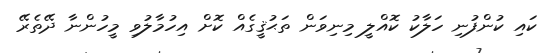
ކައި ކުންފުނި ހަލާކު ކޮއްލީ މިނިވަން ތަޙުޤީގެއް ކޮށް އިހުމާލުވި މީހުންނާ ދޭތެރޭ